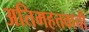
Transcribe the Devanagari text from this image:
अतिमहत्तवाची